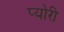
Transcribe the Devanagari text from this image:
प्योरी